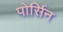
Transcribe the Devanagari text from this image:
पोर्सिन